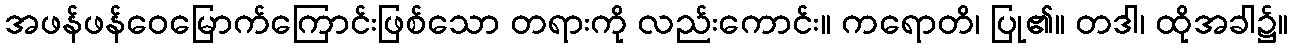
အဖန်ဖန်ဝေမြောက်ကြောင်းဖြစ်သော တရားကို လည်းကောင်း။ ကရောတိ၊ ပြု၏။ တဒါ၊ ထိုအခါ၌။